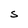
Character: S